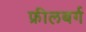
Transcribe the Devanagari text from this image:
फ्रीलबर्ग